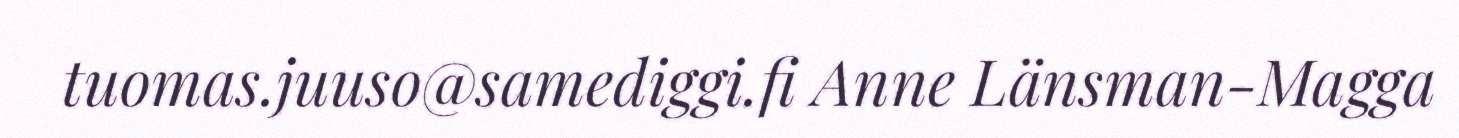
tuomas.juuso@samediggi.fi Anne Länsman-Magga